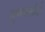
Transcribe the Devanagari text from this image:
गुणनखंडो